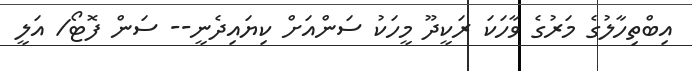
އިބްތިހާލުގެ މަރުގެ ވާހަކަ ރަކީދޫ މީހަކު ސަންއަށް ކިޔައިދެނީ-- ސަން ފޮޓޯ/ އަލީ